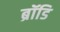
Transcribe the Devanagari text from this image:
ब्रॉडि